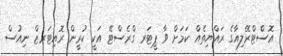
އޮސްޓްރޭލިއާގެ ރައްޔިތެއް ކަމަށް ވާ ޕީޓަރ ގްރެސްޓޭ އަކީ ކުރީން ރޮއިޓަރޒް ނިއުސް